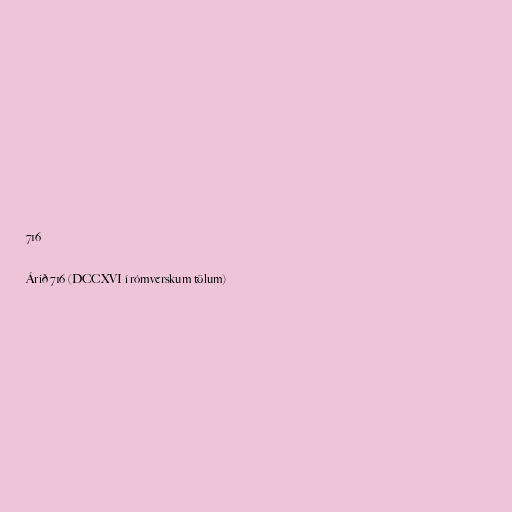
716

Árið 716 (DCCXVI í rómverskum tölum)